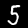
Digit: 5